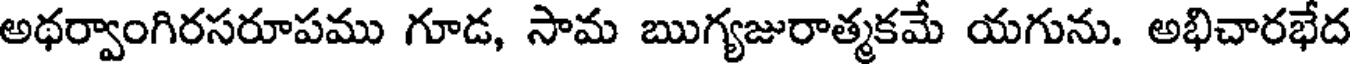
అథర్వాంగిరసరూపము గూడ, సామ ఋగ్యజురాత్మకమే యగును. అభిచారభేద